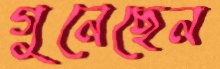
গুনেছেন